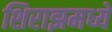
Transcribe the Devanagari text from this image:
शिराझमध्ये